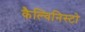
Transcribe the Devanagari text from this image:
कैल्विनिस्टो